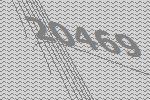
20469